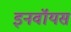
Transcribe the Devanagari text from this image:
इनवॉयस